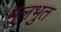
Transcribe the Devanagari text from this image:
मूलभुत